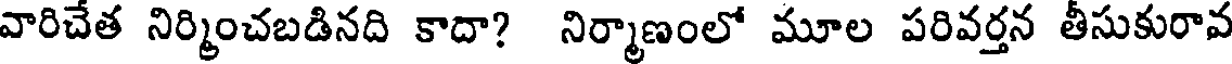
వారిచేత నిర్మించబడినది కాదా? నిర్మాణంలో మూల పరివర్తన తీసుకురావ